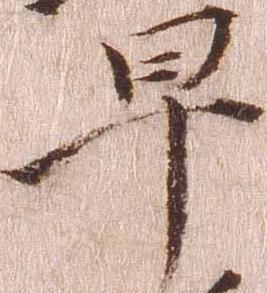
早